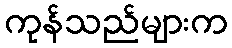
ကုန်သည်များက